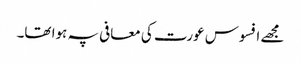
مجھے افسوس عورت کی معافی پہ ہوا تھا۔